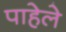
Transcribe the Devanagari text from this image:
पाहेले